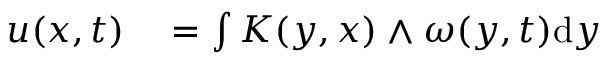
\begin{array} { r l } { u ( x , t ) } & { { } = \int K ( y , x ) \wedge \omega ( y , t ) \mathrm { d } y } \end{array}